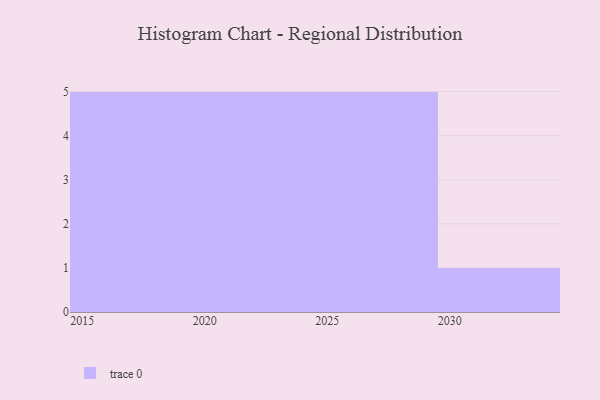
{"axis": {"x": "Year", "y": "Customer Acquisition Cost (USD)"}, "legend": [""], "data": [{"x": "2018", "y": 33, "type": ""}, {"x": "2028", "y": 50, "type": ""}, {"x": "2025", "y": 84, "type": ""}, {"x": "2024", "y": 98, "type": ""}, {"x": "2017", "y": 85, "type": ""}, {"x": "2023", "y": 58, "type": ""}, {"x": "2015", "y": 31, "type": ""}, {"x": "2029", "y": 38, "type": ""}, {"x": "2019", "y": 53, "type": ""}, {"x": "2022", "y": 35, "type": ""}, {"x": "2026", "y": 52, "type": ""}, {"x": "2021", "y": 10, "type": ""}, {"x": "2030", "y": 82, "type": ""}, {"x": "2016", "y": 47, "type": ""}, {"x": "2027", "y": 15, "type": ""}, {"x": "2020", "y": 86, "type": ""}]}